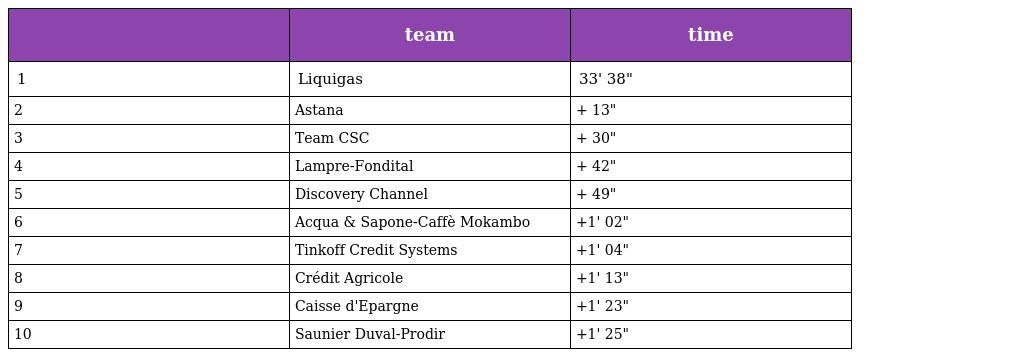
|  | team | time |
 | --- | --- | --- |
 | 1 | Liquigas | 33' 38" |
 | 2 | Astana | + 13" |
 | 3 | Team CSC | + 30" |
 | 4 | Lampre-Fondital | + 42" |
 | 5 | Discovery Channel | + 49" |
 | 6 | Acqua & Sapone-Caffè Mokambo | +1' 02" |
 | 7 | Tinkoff Credit Systems | +1' 04" |
 | 8 | Crédit Agricole | +1' 13" |
 | 9 | Caisse d'Epargne | +1' 23" |
 | 10 | Saunier Duval-Prodir | +1' 25" |